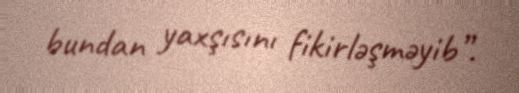
bundan yaxşısını fikirləşməyib”.